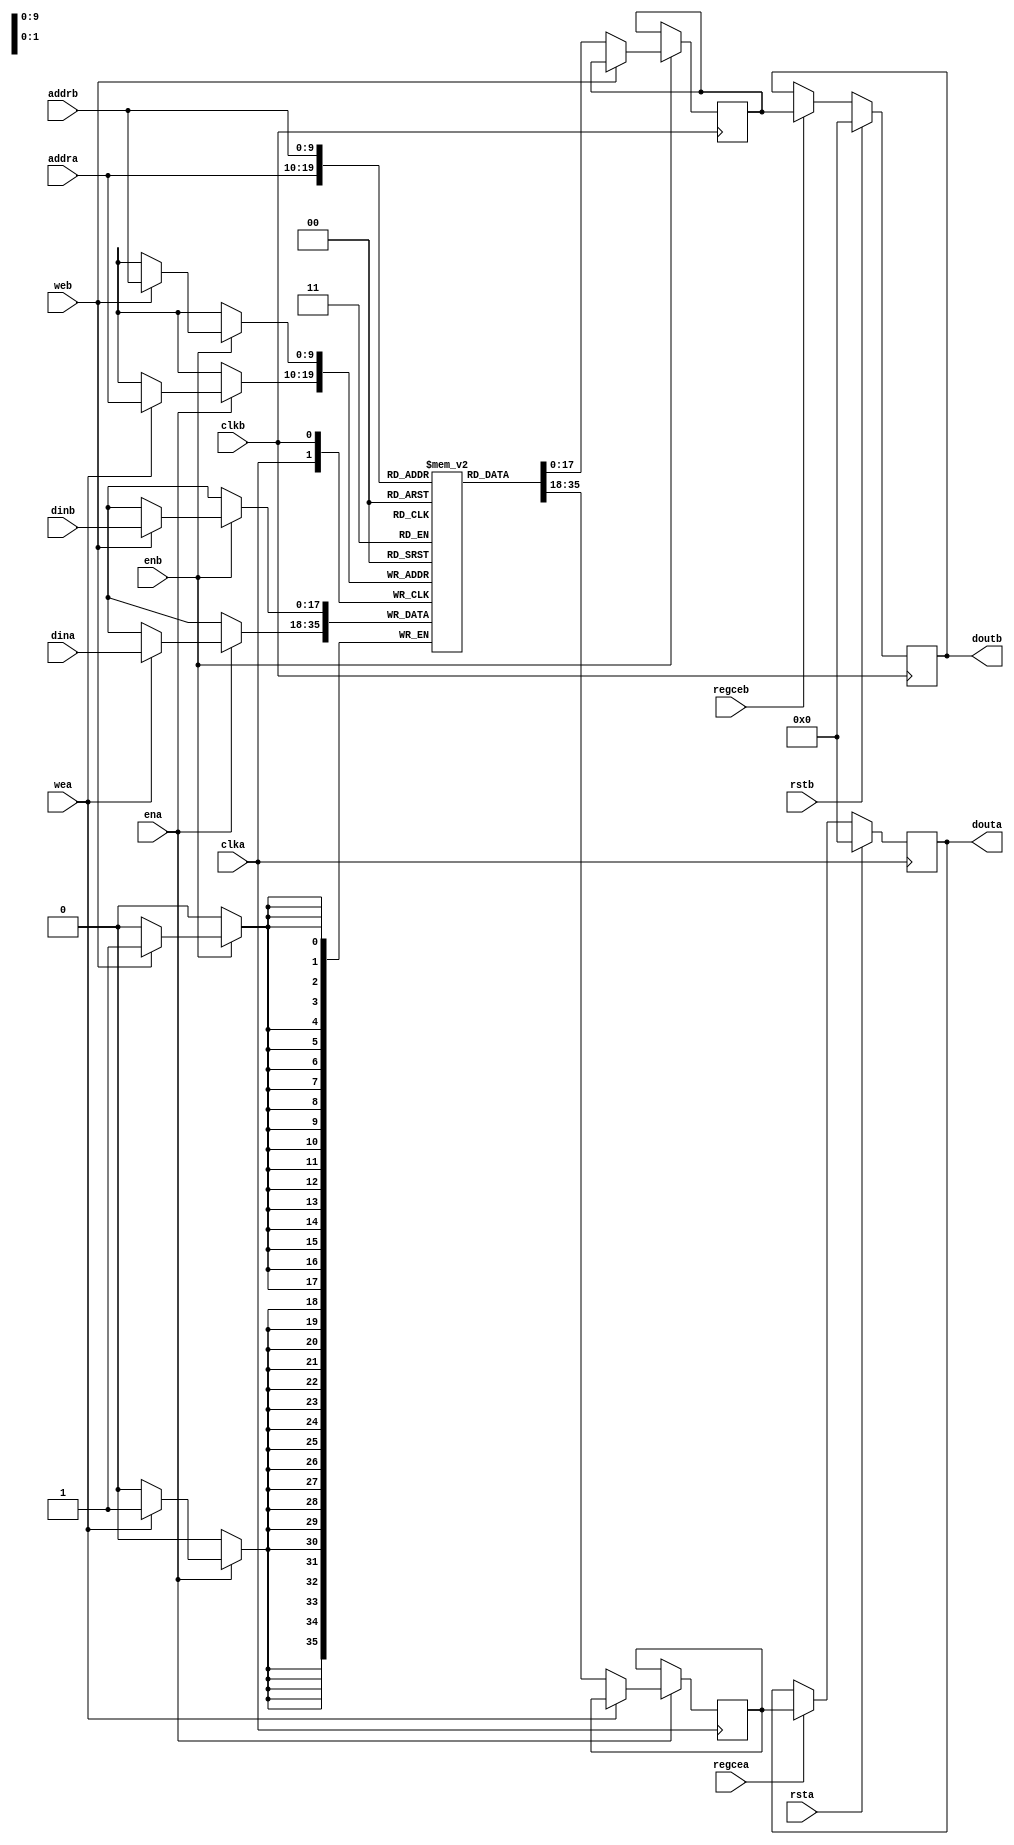

//  Xilinx True Dual Port RAM, No Change, Dual Clock
//  This code implements a parameterizable true dual port memory (both ports can read and write).
//  This is a no change RAM which retains the last read value on the output during writes
//  which is the most power efficient mode.
//  If a reset or enable is not necessary, it may be tied off or removed from the code.

module async_true_dual_ram #(
  parameter RAM_WIDTH = 18,                       // Specify RAM data width
  parameter RAM_DEPTH = 1024,                     // Specify RAM depth (number of entries)
  parameter RAM_PERFORMANCE = "HIGH_PERFORMANCE", // Select "HIGH_PERFORMANCE" or "LOW_LATENCY" 
  parameter INIT_FILE = ""                        // Specify name/location of RAM initialization file if using one (leave blank if not)
) (
  input [clogb2(RAM_DEPTH-1)-1:0] addra,  // Port A address bus, width determined from RAM_DEPTH
  input [clogb2(RAM_DEPTH-1)-1:0] addrb,  // Port B address bus, width determined from RAM_DEPTH
  input [RAM_WIDTH-1:0] dina,           // Port A RAM input data
  input [RAM_WIDTH-1:0] dinb,           // Port B RAM input data
  input clka,                           // Port A clock
  input clkb,                           // Port B clock
  input wea,                            // Port A write enable
  input web,                            // Port B write enable
  input ena,                            // Port A RAM Enable, for additional power savings, disable port when not in use
  input enb,                            // Port B RAM Enable, for additional power savings, disable port when not in use
  input rsta,                           // Port A output reset (does not affect memory contents)
  input rstb,                           // Port B output reset (does not affect memory contents)
  input regcea,                         // Port A output register enable
  input regceb,                         // Port B output register enable
  output [RAM_WIDTH-1:0] douta,         // Port A RAM output data
  output [RAM_WIDTH-1:0] doutb          // Port B RAM output data
);

  reg [RAM_WIDTH-1:0] BRAM [RAM_DEPTH-1:0];
  reg [RAM_WIDTH-1:0] ram_data_a = {RAM_WIDTH{1'b0}};
  reg [RAM_WIDTH-1:0] ram_data_b = {RAM_WIDTH{1'b0}};

  // The following code either initializes the memory values to a specified file or to all zeros to match hardware
  generate
    if (INIT_FILE != "") begin: use_init_file
      initial
        $readmemh(INIT_FILE, BRAM, 0, RAM_DEPTH-1);
    end else begin: init_bram_to_zero
      integer ram_index;
      initial
        for (ram_index = 0; ram_index < RAM_DEPTH; ram_index = ram_index + 1)
          BRAM[ram_index] = {RAM_WIDTH{1'b0}};
    end
  endgenerate

  always @(posedge clka)
    if (ena)
      if (wea)
        BRAM[addra] <= dina;
      else
        ram_data_a <= BRAM[addra];

  always @(posedge clkb)
    if (enb)
      if (web)
        BRAM[addrb] <= dinb;
      else
        ram_data_b <= BRAM[addrb];

  //  The following code generates HIGH_PERFORMANCE (use output register) or LOW_LATENCY (no output register)
  generate
    if (RAM_PERFORMANCE == "LOW_LATENCY") begin: no_output_register

      // The following is a 1 clock cycle read latency at the cost of a longer clock-to-out timing
       assign douta = ram_data_a;
       assign doutb = ram_data_b;

    end else begin: output_register

      // The following is a 2 clock cycle read latency with improve clock-to-out timing

      reg [RAM_WIDTH-1:0] douta_reg = {RAM_WIDTH{1'b0}};
      reg [RAM_WIDTH-1:0] doutb_reg = {RAM_WIDTH{1'b0}};

      always @(posedge clka)
        if (rsta)
          douta_reg <= {RAM_WIDTH{1'b0}};
        else if (regcea)
          douta_reg <= ram_data_a;

      always @(posedge clkb)
        if (rstb)
          doutb_reg <= {RAM_WIDTH{1'b0}};
        else if (regceb)
          doutb_reg <= ram_data_b;

      assign douta = douta_reg;
      assign doutb = doutb_reg;

    end
  endgenerate

  //  The following function calculates the address width based on specified RAM depth
  function integer clogb2;
    input integer depth;
      for (clogb2=0; depth>0; clogb2=clogb2+1)
        depth = depth >> 1;
  endfunction

endmodule